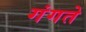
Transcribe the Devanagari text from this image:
गंगते